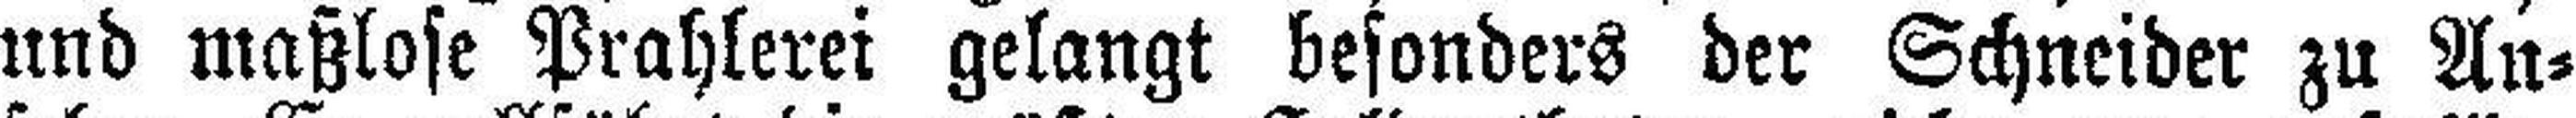
und maßlose Prahlerei gelangt besonders der Schneider zu An¬